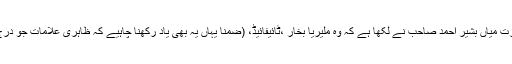
حضرت میاں بشیر احمد صاحبؓ نے لکھا ہے کہ وہ ملیریا بخار ،ٹائیفائیڈ، (ضمناً یہاں یہ بھی یاد رکھنا چاہیے کہ ظاہری علامات جو درج ہیں۔